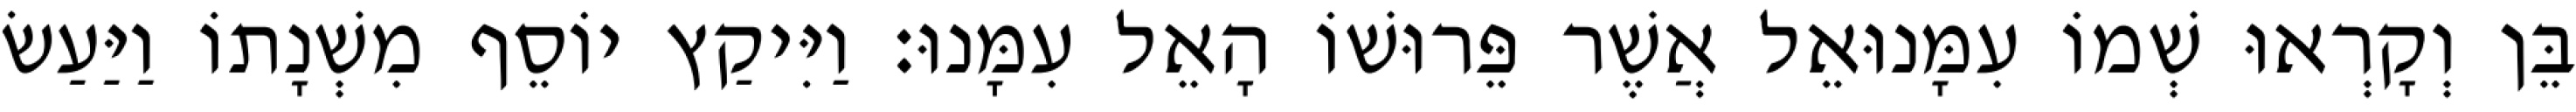
בֵּן וְקָרְאוּ שְׁמוֹ עִמָּנוּאֵל אֲשֶׁר פֵּרוּשׁוֹ הָאֵל עִמָּנוּ׃ וַיִּיקַץ יוֹסֵף מִשְׁנָתוֹ וַיַּעַשׂ